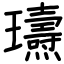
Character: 瓙